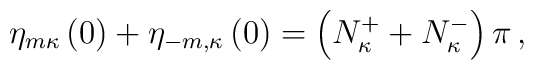
\eta_{m\kappa}\left(0\right)+\eta_{-m,\kappa}\left(0\right)=\left(N_\kappa^++N_\kappa^-\right)\pi\,,